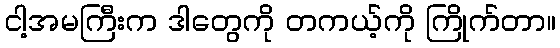
ငါ့အမကြီးက ဒါတွေကို တကယ့်ကို ကြိုက်တာ။